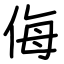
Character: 侮